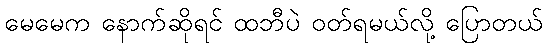
မေမေက နောက်ဆိုရင် ထဘီပဲ ဝတ်ရမယ်လို့ ပြောတယ်